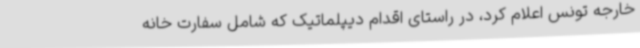
خارجه تونس اعلام کرد، در راستای اقدام دیپلماتیک که شامل سفارت خانه